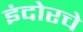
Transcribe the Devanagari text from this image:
इंदोरचे